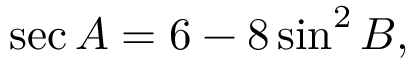
\sec A = 6 - 8 \sin ^ { 2 } B ,